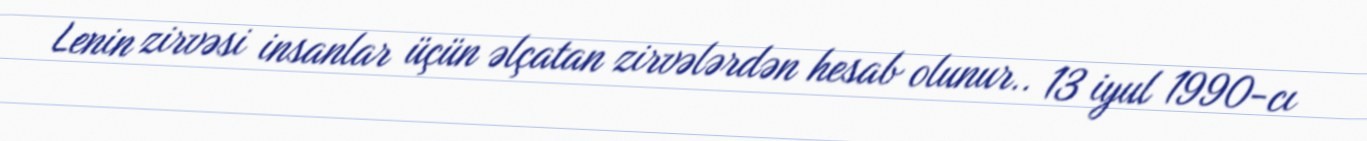
Lenin zirvəsi insanlar üçün əlçatan zirvələrdən hesab olunur.. 13 iyul 1990-cı